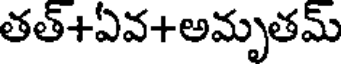
తత్+ఏవ+అమృతమ్